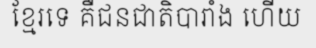
ខ្មែរទេ គឺជនជាតិបារាំង ហើយ